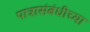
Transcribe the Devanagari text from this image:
पात्रासंबंधीच्या